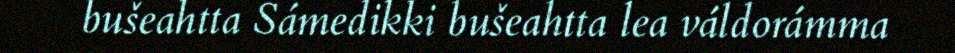
bušeahtta Sámedikki bušeahtta lea váldorámma